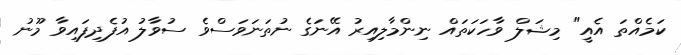
ކަމެއްތަ އެއީ" މިޝަލް ވާހަކަތައް ނިންމާލިއިރު އޭނަގެ ނުތަނަވަސްވެ ސުވާލު އުފެދިފައިވާ މޫނު